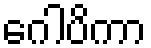
ဂေါပိကာ